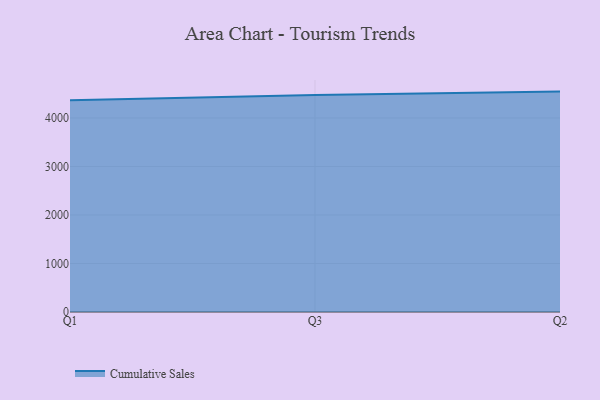
{"axis": {"x": "Quarter", "y": "Bounce Rate (%)"}, "legend": ["Cumulative Sales"], "data": [{"x": "Q1", "y": 4365.3, "type": "Cumulative Sales"}, {"x": "Q3", "y": 4475.6, "type": "Cumulative Sales"}, {"x": "Q2", "y": 4544.3, "type": "Cumulative Sales"}]}